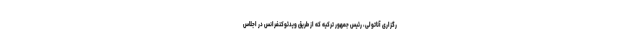
رگزاری آناتولی، رئیس جمهور ترکیه که از طریق ویدئوکنفرانس در اجلاس